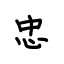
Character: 忠